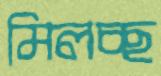
মিলচ্ছ